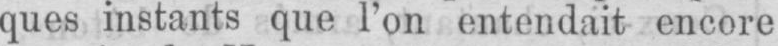
ques instants que l’on entendait encore